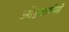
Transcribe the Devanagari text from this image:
ओष्ठकर्षणी